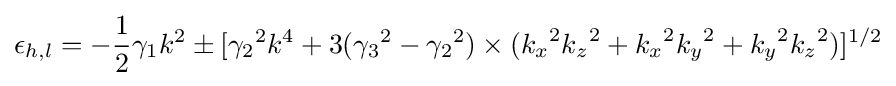
\epsilon _{h,l}=-{{1} \over {2}}\gamma _{1}k^{2}\pm [{\gamma _{2}}^{2}k^{4}+3({\gamma _{3}}^{2}-{\gamma _{2}}^{2})\times ({k_{x}}^{2}{k_{z}}^{2}+{k_{x}}^{2}{k_{y}}^{2}+{k_{y}}^{2}{k_{z}}^{2})]^{1/2}